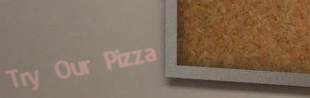
Try Our Pizza